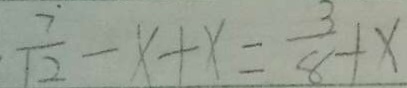
\frac { 7 } { 1 2 } - x + x = \frac { 3 } { 8 } + x